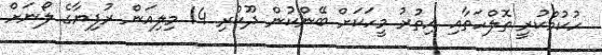
ހުކުމްކުރީ ތޮލްހަތާއި އިތުރު މީހަކަށް ބޭންކުން ދޫކުރި 14 މިލިއަން ރުފިޔާގެ ލޯނަށް